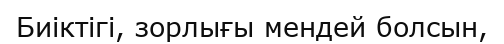
Биіктігі, зорлығы мендей болсын,